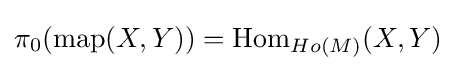
\pi _{0}(\operatorname {map} (X,Y))=\operatorname {Hom} _{Ho(M)}(X,Y)